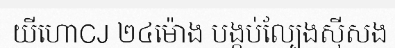
យីហោCJ ២៤ម៉ោង បង្កប់ល្បែងស៊ីសង